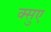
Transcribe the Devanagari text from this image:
क्सुए